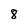
Character: 8